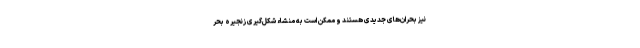
نیز بحران‌های جدیدی هستند و ممکن است به منشاء شکل‌گیری زنجیره بحر